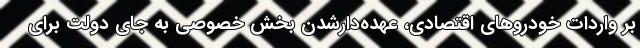
بر واردات خودروهای اقتصادی، عهده‌دارشدن بخش خصوصی به جای دولت برای